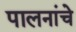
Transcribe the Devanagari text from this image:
पालनांचे